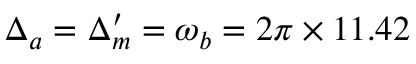
\Delta _ { a } = \Delta _ { m } ^ { \prime } = \omega _ { b } = 2 \pi \times 1 1 . 4 2